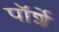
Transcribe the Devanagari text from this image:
पॉर्शे